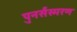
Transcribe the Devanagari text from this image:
पुनर्संस्मरण